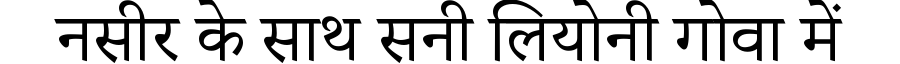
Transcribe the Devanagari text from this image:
नसीर के साथ सनी लियोनी गोवा में